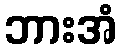
ဘားအံ